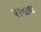
પરનાળા